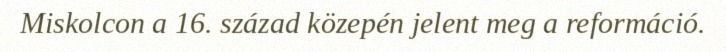
Miskolcon a 16. század közepén jelent meg a reformáció.